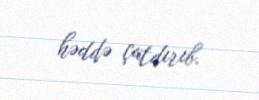
həddə çatdırıb.